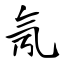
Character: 氖